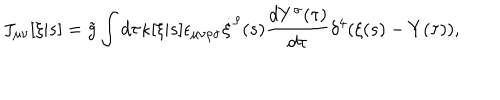
J _ { \mu \nu } [ \xi | s ] = \tilde { g } \int d \tau \kappa [ \xi | s ] \epsilon _ { \mu \nu \rho \sigma } \dot { \xi } ^ { \rho } ( s ) \frac { d Y ^ { \sigma } ( \tau ) } { d \tau } \delta ^ { 4 } ( \xi ( s ) - Y ( \tau ) ) ,